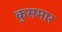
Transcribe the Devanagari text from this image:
कुसमार